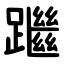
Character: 䠪